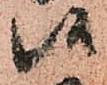
候